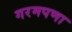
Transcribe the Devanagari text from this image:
गरमपणा